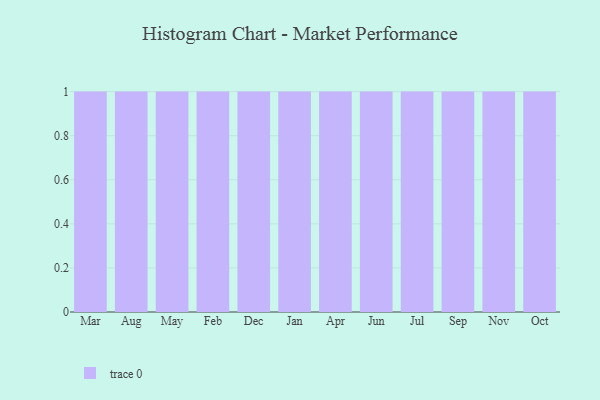
{"axis": {"x": "Month", "y": "Market Share (%)"}, "legend": [""], "data": [{"x": "Mar", "y": 95, "type": ""}, {"x": "Aug", "y": 73, "type": ""}, {"x": "May", "y": 23, "type": ""}, {"x": "Feb", "y": 25, "type": ""}, {"x": "Dec", "y": 17, "type": ""}, {"x": "Jan", "y": 93, "type": ""}, {"x": "Apr", "y": 59, "type": ""}, {"x": "Jun", "y": 96, "type": ""}, {"x": "Jul", "y": 3, "type": ""}, {"x": "Sep", "y": 57, "type": ""}, {"x": "Nov", "y": 99, "type": ""}, {"x": "Oct", "y": 95, "type": ""}]}